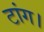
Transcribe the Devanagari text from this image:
टांग।